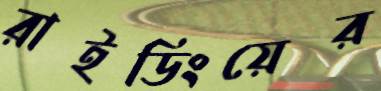
রাইডিংয়ের